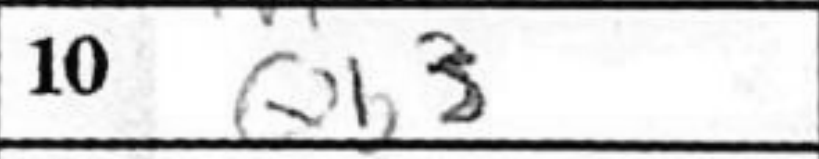
Transcription: Qb3